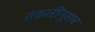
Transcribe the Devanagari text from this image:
तक्रारींनुसार